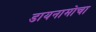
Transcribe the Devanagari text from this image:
डायनामोचा